Annual report of the Punjab Veterinary College and of the Civil Veterinary Department, Punjab - 1926-1932
Year: 1926
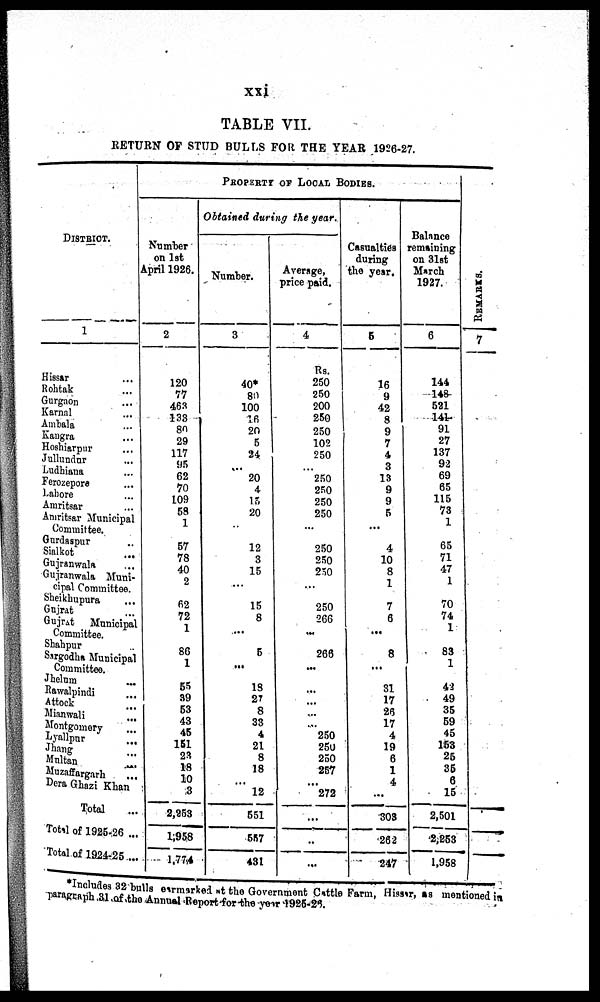
xxi
TABLE VII.
RETURN OF STUD BULLS FOR THE YEAR 1926-27.
DISTRICT.
1
Hissar ...
Rohtak ...
Gurgaon ...
Karnal ...
Ambala ...
Kangra ...
Hoshiarpur ...
Jullundur ...
Ludhiana ...
Ferozepore ...
Labore ...
Amritsar ...
Amritsar Municipal
Committee.
Gurdaspur ...
Sialkot ...
Gujranwala ...
Gujranwala Muni-
cipal Committee.
Sheikhupura ...
Gujrat ...
Gujrat Municipal
Committee. Shahpur
...
Sargodha Municipal
Committee. Jhelum ...
Rawalpindi ...
Attock ...
Mianwali ...
Montgomery ...
Lyallpur ...
Jhang ...
Multan ...
Muzaffargarh ...
Dera Ghazi Khan ...
Total ...
Total of 1925-26 ...
Total of 1924-25 ...
PROPERTY OF LOCAL BODIES.
Number
on 1st
April 1926.
2
120
77
463
133
80
29
117
95
62
70
109
58
1
57
78
40
2
62
72
1
86
1
55
39
53
43
45
151
23
18
10 3
2,253
1;958
1,774
Obtained during the year.
Number.
3
40*
80
100
16
20
5
24
...
20
4
15
20
...
12
3
15
...
15
8
...
5
...
18
27
8
33
4
21
8
18
... 12
551
557
431
Average,
price paid.
4
Rs.
250
250
200
250
250
102
250
...
250
250
250
250
...
250
250
250
...
250
266
...
266
...
...
...
...
...
250
250
250
257
... 272
...
..
...
Casualties
during
the year.
5
16
9
42
8
9
7
4
3
13
9
9
5
...
4
10
8
1
7
6
...
8
...
31
17
26
17
4
19
6
1
4
...
303
262
247
Balance
remaining
on 31st
March
1927.
6
144
148
521
141
91
27
137
92
69
65
115
73
1
65
71
47
1
70
74
1
83
1
42
49
35
59
45
153
25
35
6
15
2,501
2,253
1,958
RE MARKS .
7
*Includes 32 bul l s earmarked at the Go
paragraph 31 of the Annual Report for the year 1925-26